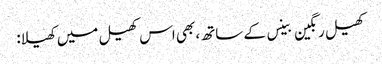
کھیل رنگین بینس کے ساتھ، بھی اس کھیل میں کھیلا: